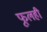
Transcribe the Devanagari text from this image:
फूलही